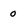
Character: 0